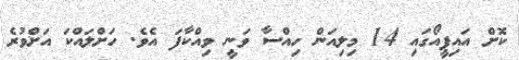
ކޮށް އައިޕީއޯގައި 14 މިލިއަން ހިއްސާ ވަނީ ވިއްކާފަ އެވެ. ހަށްލައްކަ އަށްވުރެ